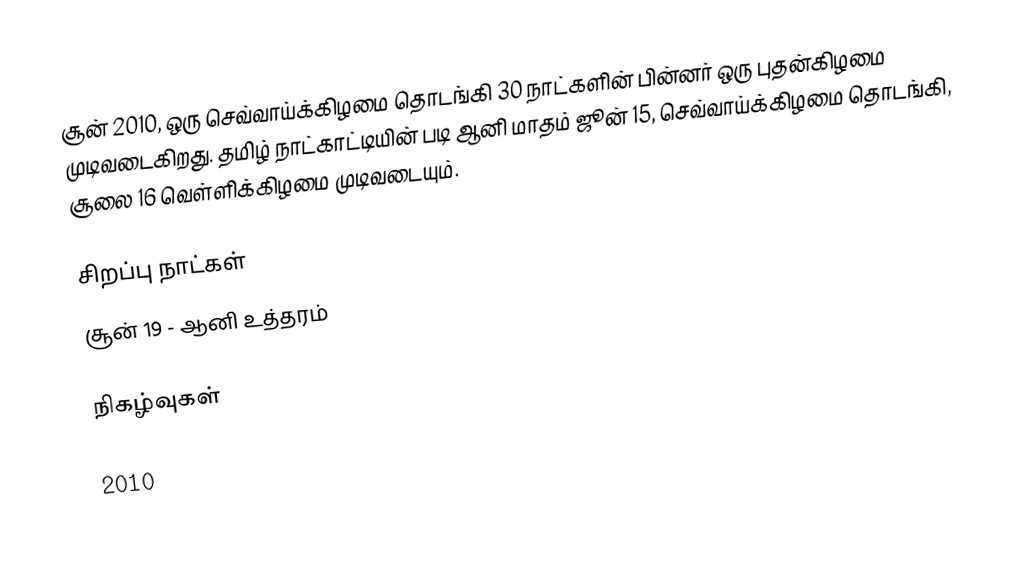
சூன் 2010, ஒரு செவ்வாய்க்கிழமை தொடங்கி 30 நாட்களின் பின்னர் ஒரு புதன்கிழமை முடிவடைகிறது. தமிழ் நாட்காட்டியின் படி ஆனி மாதம் ஜூன் 15, செவ்வாய்க்கிழமை தொடங்கி, சூலை 16 வெள்ளிக்கிழமை முடிவடையும்.

சிறப்பு நாட்கள்
 சூன் 19 - ஆனி உத்தரம்

நிகழ்வுகள்

2010